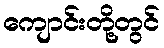
ကျောင်းတို့တွင်